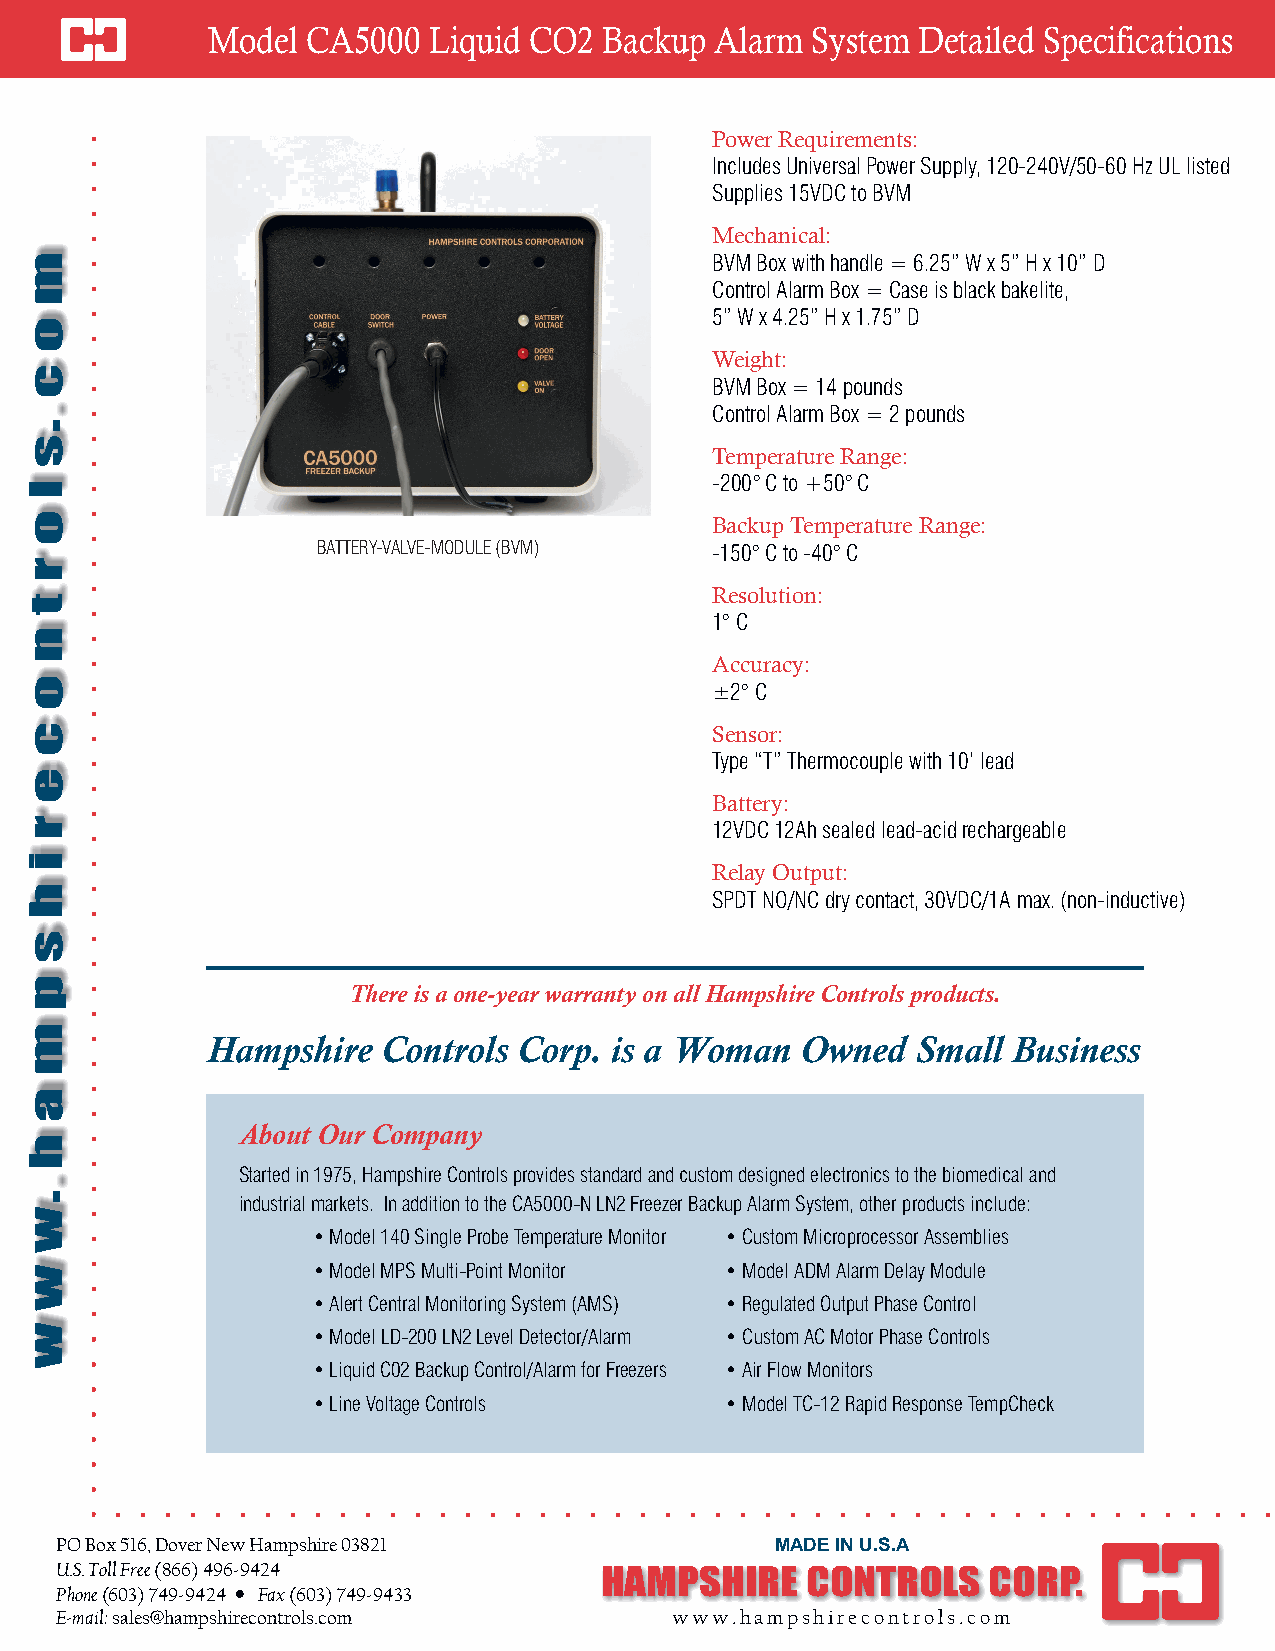
Model CA5000  Liquid CO2  Backup Alarm  System Detailed Specifications
 Power Requirements:
 Includes Universal Power Supply, 120-240V/50-60 Hz UL listed
 Supplies 15VDC to BVM
 Mechanical:
 BVM Box with handle = 6.25” W x 5” H x 10” D
 Control Alarm Box = Case is black bakelite,
 5” W x 4.25” H x 1.75” D
 Weight:
 BVM Box = 14 pounds
 Control Alarm Box = 2 pounds
 Temperature Range:
 -200° C to +50° C
 Backup Temperature Range:
 BATTERY-VALVE-MODULE (BVM) -150° C to -40° C
 Resolution:
 1° C
 Accuracy:
 ±2° C
 Sensor:
 Type “T” Thermocouple with 10’ lead
 Battery:
 12VDC 12Ah sealed lead-acid rechargeable
 Relay Output:
 SPDT NO/NC dry contact, 30VDC/1A max. (non-inductive)
 There is a one-year warranty on all Hampshire Controls products.
 Hampshire  Controls Corp. is a Woman   Owned   Small Business
 About Our Company
 Started in 1975, Hampshire Controls provides standard and custom designed electronics to the biomedical and
 industrial markets. In addition to the CA5000-N LN2 Freezer Backup Alarm System, other products include:
 • Model 140 Single Probe Temperature Monitor • Custom Microprocessor Assemblies
 • Model MPS Multi-Point Monitor • Model ADM Alarm Delay Module
 • Alert Central Monitoring System (AMS) • Regulated Output Phase Control
 • Model LD-200 LN2 Level Detector/Alarm • Custom AC Motor Phase Controls
 • Liquid C02 Backup Control/Alarm for Freezers • Air Flow Monitors
 • Line Voltage Controls    • Model TC-12 Rapid Response TempCheck
 PO Box 516, Dover New Hampshire 03821          MADE IN U.S.A
 U.S. Toll Free (866) 496-9424
 HAMPSHIRE    CONTROLS    CORP.
 Phone (603) 749-9424 • Fax (603) 749-9433
 E-mail: sales@hampshirecontrols.com      www.hampshirecontrols.com
 m
 o
 c
 .s
 l
 o
 r
 t
 n
 o
 c
 e
 r
 i
 h
 s
 p
 m
 a
 h
 .w
 w
 w